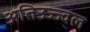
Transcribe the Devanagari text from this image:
अतिउज्ज्वल